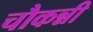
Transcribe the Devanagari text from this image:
चौकन्नी